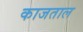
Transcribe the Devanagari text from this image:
काजताल